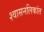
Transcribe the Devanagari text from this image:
श्‍वासनलिकांत